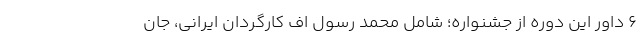
۶ داور این دوره از جشنواره؛ شامل محمد رسول اُف کارگردان ایرانی، جان